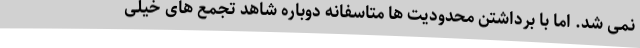
نمی شد. اما با برداشتن محدودیت ها متاسفانه دوباره شاهد تجمع های خیلی